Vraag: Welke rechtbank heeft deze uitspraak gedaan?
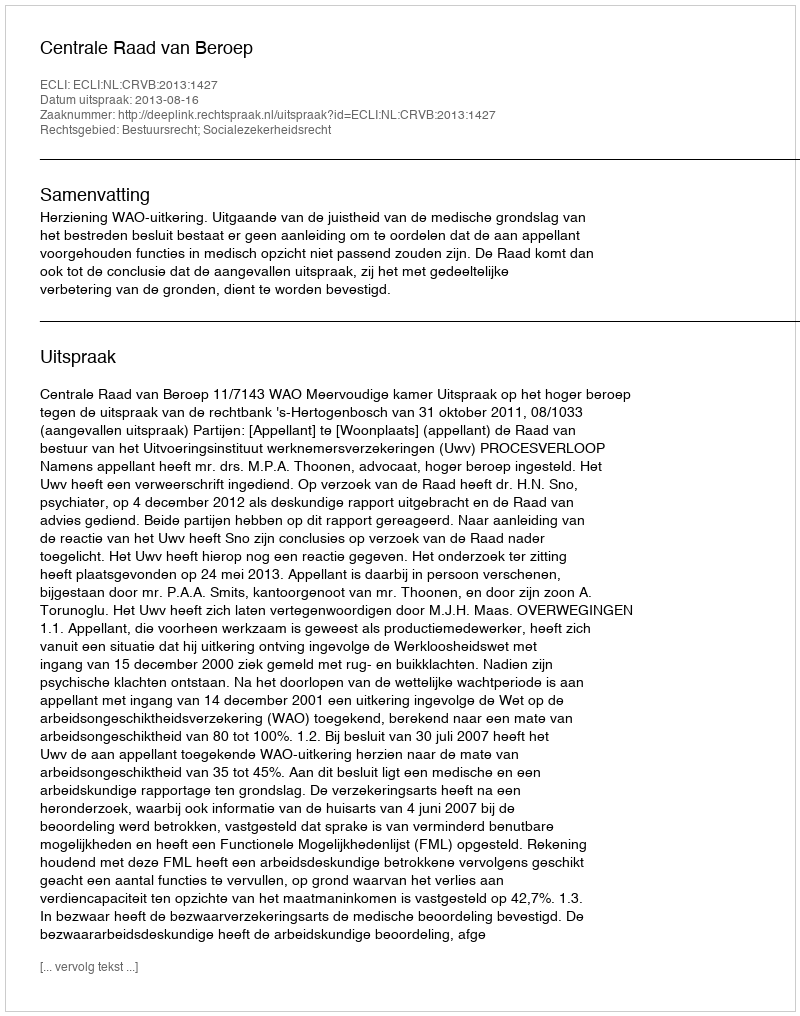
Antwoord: Centrale Raad van Beroep